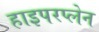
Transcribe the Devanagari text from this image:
हाइपरप्लेन